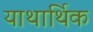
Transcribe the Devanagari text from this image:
याथार्थिक